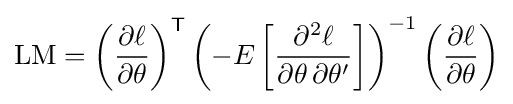
{\text{LM}}=\left({\frac {\partial \ell }{\partial \theta }}\right)^{\mathsf {T}}\left(-E\left[{\frac {\partial ^{2}\ell }{\partial \theta \,\partial \theta '}}\right]\right)^{-1}\left({\frac {\partial \ell }{\partial \theta }}\right)